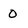
Character: O